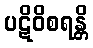
ပဋိဝိစရန္တိ